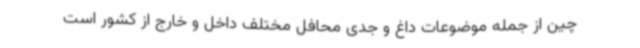
چین از جمله موضوعات داغ و جدی محافل مختلف داخل و خارج از کشور است